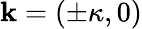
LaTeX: \mathbf{k}=(\pm\kappa,0)